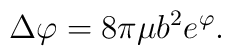
\Delta \varphi = 8\pi\mu b^2 e^\varphi.